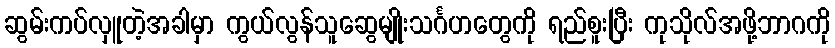
ဆွမ်းကပ်လှူတဲ့အခါမှာ ကွယ်လွန်သူဆွေမျိုးသင်္ဂဟတွေကို ရည်စူးပြီး ကုသိုလ်အဖို့ဘာဂကို